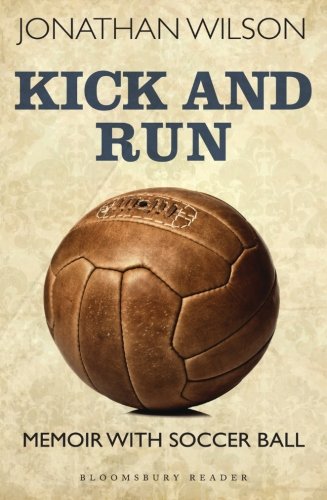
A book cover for Kick and Run: Memoir with Soccer Ball; Jonathan Wilson; Biographies & Memoirs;